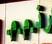
ذ . م . م